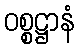
ဝစ္စဋ္ဌာနံ